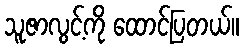
သူဇာလွင့်ကို ထောင်ပြတယ်။